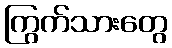
ကြွက်သားတွေ